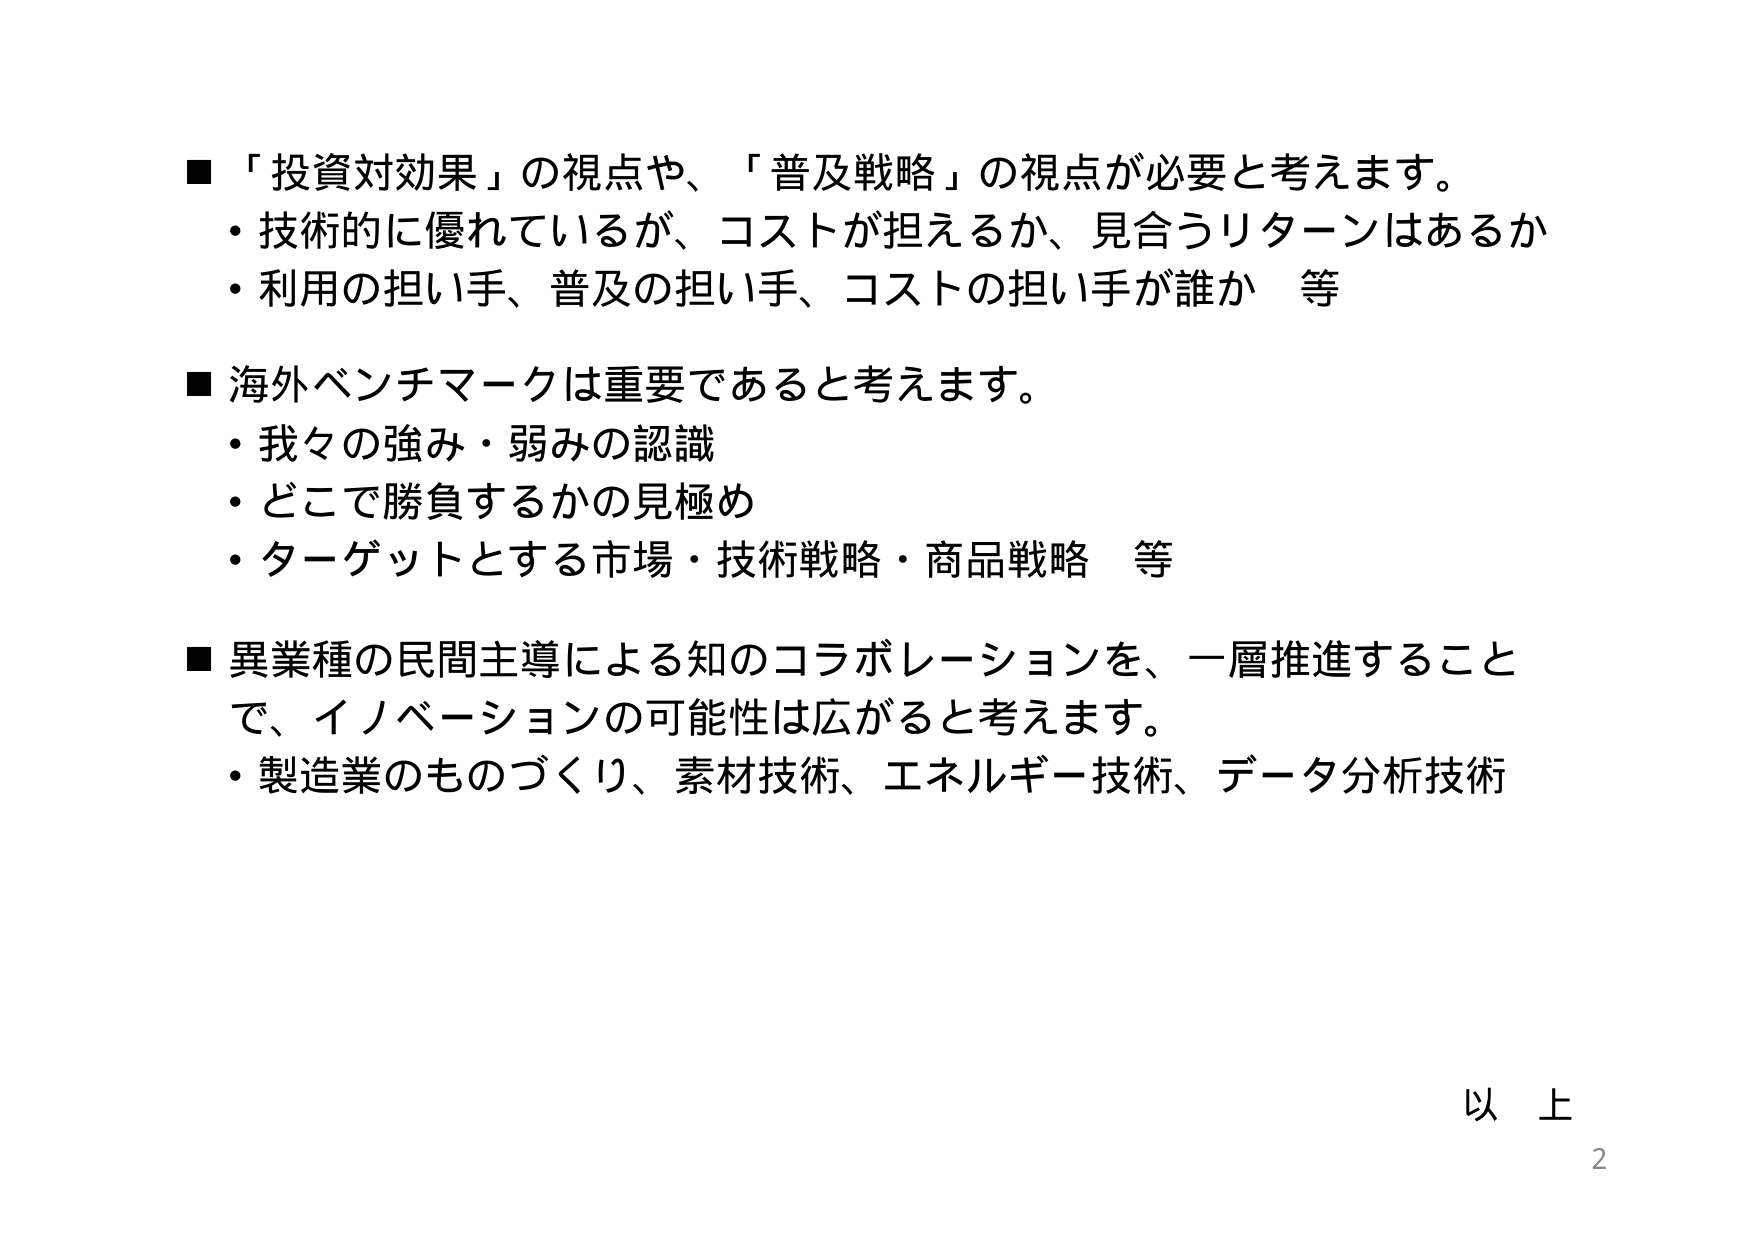
■「投資対効果」の視点や、「普及戦略」の視点が必要と考えます。
・技術的に優れているが、コストが担えるか、見合うリターンはあるか
・利用の担い手、普及の担い手、コストの担い手が誰か　等

■海外ベンチマークは重要であると考えます。
・我々の強み・弱みの認識
・どこで勝負するかの見極め
・ターゲットとする市場・技術戦略・商品戦略　等

■異業種の民間主導による知のコラボレーションを、一層推進することで、イノベーションの可能性は広がると考えます。
・製造業のものづくり、素材技術、エネルギー技術、データ分析技術

以上
2